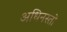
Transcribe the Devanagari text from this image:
अधिनस्तो